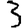
Digit: 3